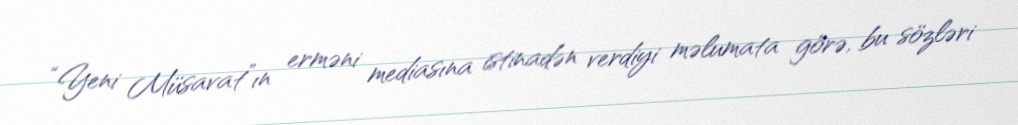
“Yeni Müsavat”ın erməni mediasına istinadən verdiyi məlumata görə, bu sözləri